Vaccination United Provinces of Agra and Oudh 1914-1922 - 1914-1922
Year: 1914
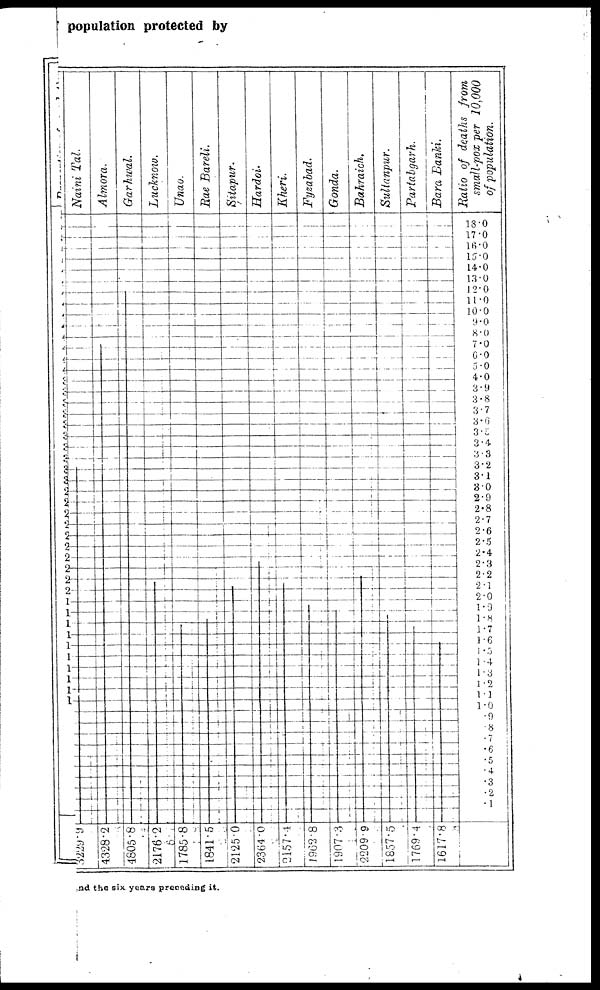
population protected by